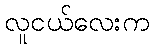
လူငယ်လေးက